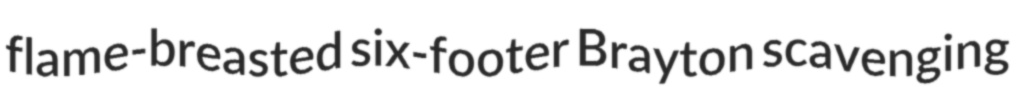
flame-breasted six-footer Brayton scavenging